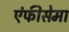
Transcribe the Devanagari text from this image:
एंफीसेमा